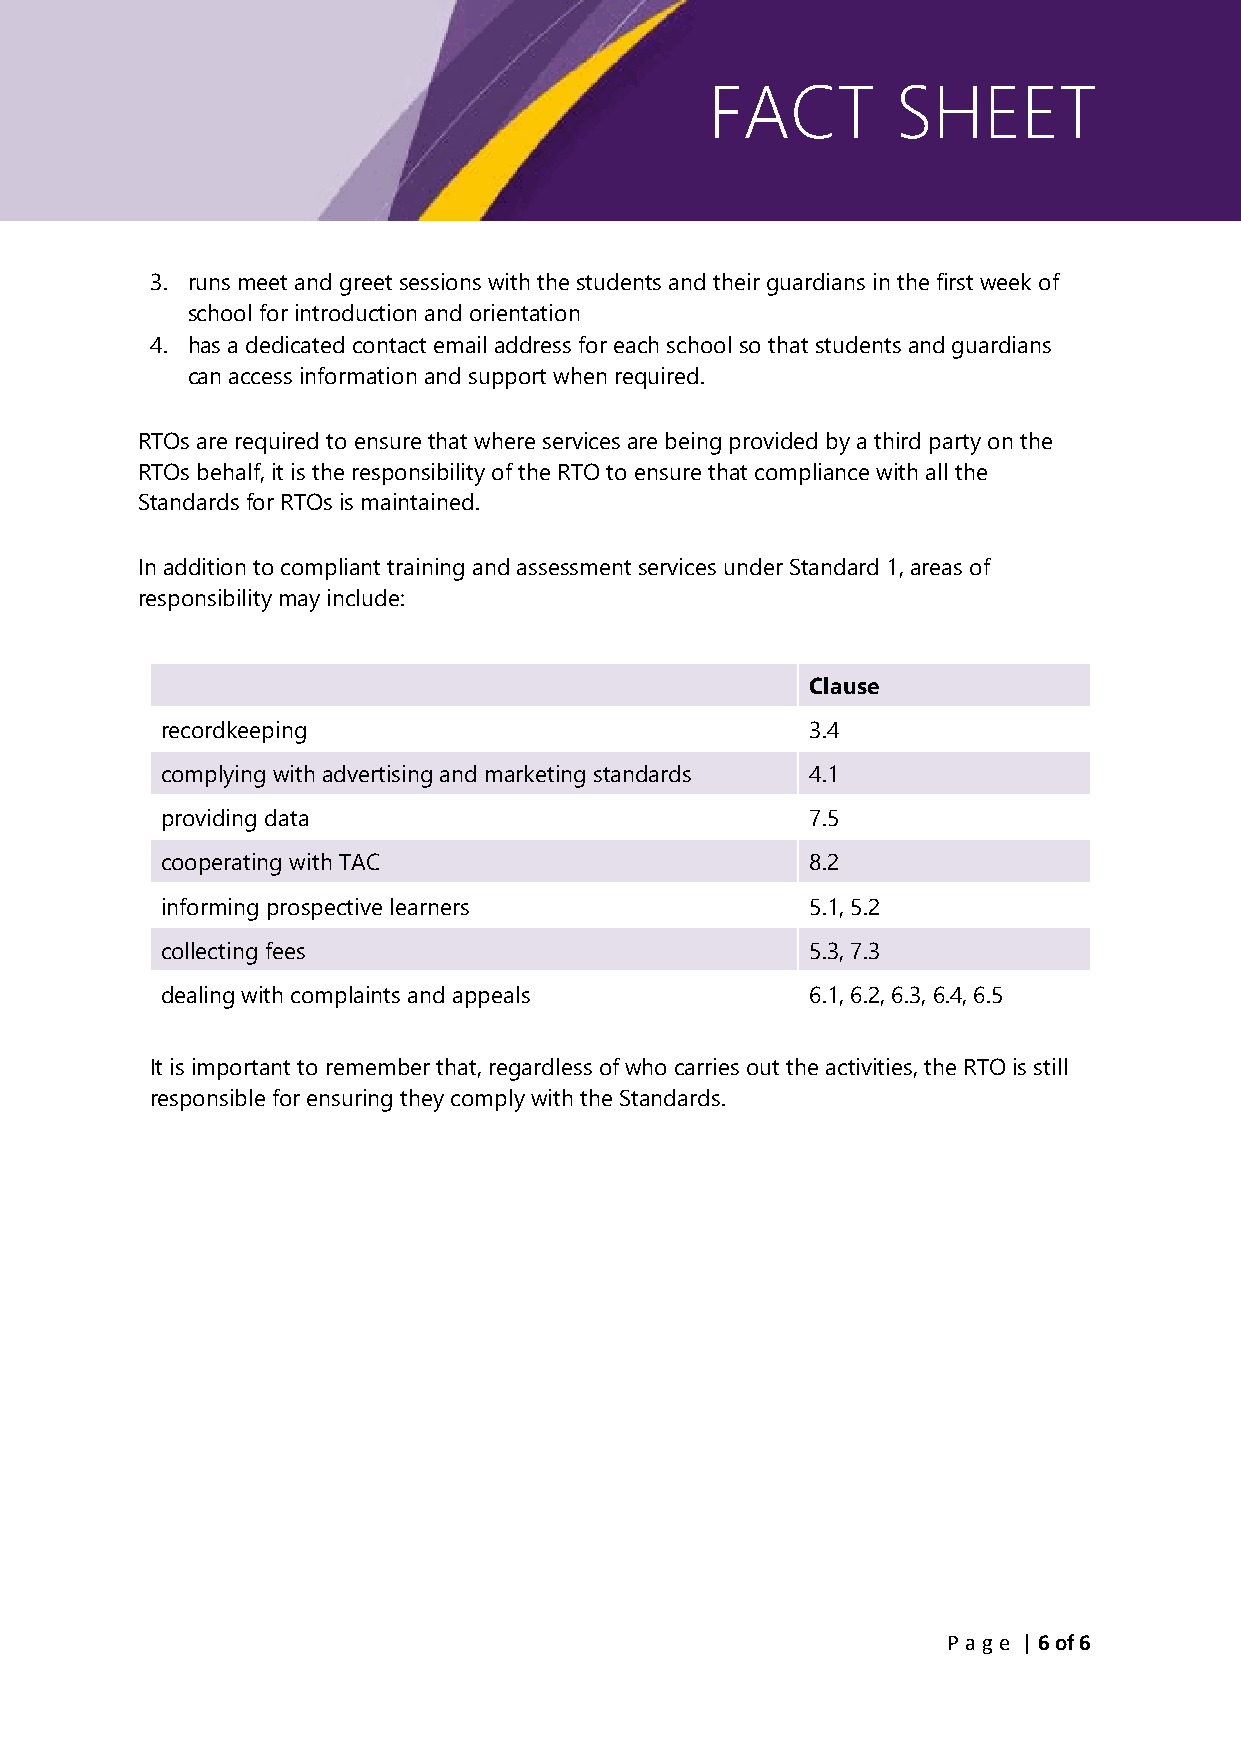
FACT        SHEET
 3. runs meet and greet sessions with the students and their guardians in the first week of
 school for introduction and orientation
 4. has a dedicated contact email address for each school so that students and guardians
 can access information and support when required.
 RTOs are required to ensure that where services are being provided by a third party on the
 RTOs behalf, it is the responsibility of the RTO to ensure that compliance with all the
 Standards for RTOs is maintained.
 In addition to compliant training and assessment services under Standard 1, areas of
 responsibility may include:
 Clause
 recordkeeping                              3.4
 complying with advertising and marketing standards 4.1
 providing data                             7.5
 cooperating with TAC                       8.2
 informing prospective learners             5.1, 5.2
 collecting fees                            5.3, 7.3
 dealing with complaints and appeals        6.1, 6.2, 6.3, 6.4, 6.5
 It is important to remember that, regardless of who carries out the activities, the RTO is still
 responsible for ensuring they comply with the Standards.
 P age | 6 of 6